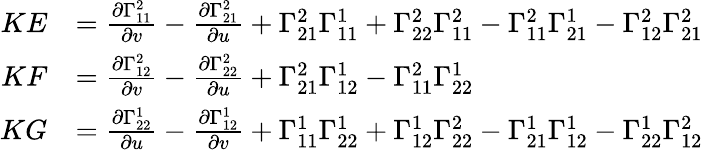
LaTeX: {\begin{array}{rl}{KE}&{={\frac{\partial\Gamma_{11}^{2}}{\partial v}}-{\frac{\partial\Gamma_{21}^{2}}{\partial u}}+\Gamma_{21}^{2}\Gamma_{11}^{1}+\Gamma_{22}^{2}\Gamma_{11}^{2}-\Gamma_{11}^{2}\Gamma_{21}^{1}-\Gamma_{12}^{2}\Gamma_{21}^{2}}\\ {KF}&{={\frac{\partial\Gamma_{12}^{2}}{\partial v}}-{\frac{\partial\Gamma_{22}^{2}}{\partial u}}+\Gamma_{21}^{2}\Gamma_{12}^{1}-\Gamma_{11}^{2}\Gamma_{22}^{1}}\\ {KG}&{={\frac{\partial\Gamma_{22}^{1}}{\partial u}}-{\frac{\partial\Gamma_{12}^{1}}{\partial v}}+\Gamma_{11}^{1}\Gamma_{22}^{1}+\Gamma_{12}^{1}\Gamma_{22}^{2}-\Gamma_{21}^{1}\Gamma_{12}^{1}-\Gamma_{22}^{1}\Gamma_{12}^{2}}\end{array}}